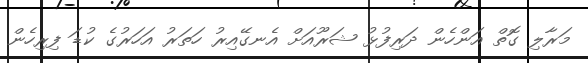
މަރާލި ގޮތް އަންހެން ދަރިފުޅު ޝަރޫއަށް އެނގޭއިރު ހަތަރު އަހަރުގެ ކުޑަ ފިރިހެން